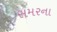
સમરના